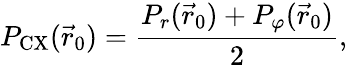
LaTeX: P_{\mathrm{CX}}(\vec{r}_{0})=\frac{P_{r}(\vec{r}_{0})+P_{\varphi}(\vec{r}_{0})}{2},